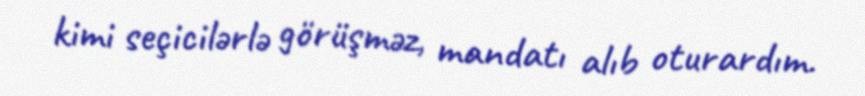
kimi seçicilərlə görüşməz, mandatı alıb oturardım.